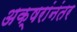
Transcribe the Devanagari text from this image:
अक्षरांनंतर